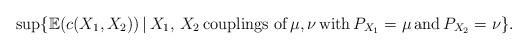
LaTeX: \begin{align*}\sup\{\mathbb{E}(c(X_1,X_2))\,\vert\,X_1,\,X_2\,\mbox{couplings of}\,\mu,\nu\,\mbox{with}\,P_{X_1}=\mu\,\mbox{and}\,P_{X_2}=\nu\}.\end{align*}